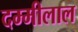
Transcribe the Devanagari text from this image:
दम्मीलाल